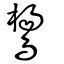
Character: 鸉